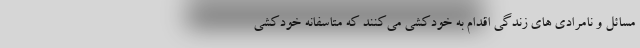
مسائل و نامرادی های زندگی اقدام به خودکشی می‌کنند که متاسفانه خودکشی